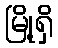
မြို့ရှိ